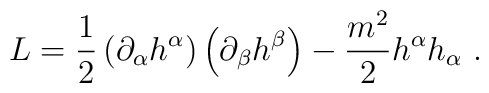
L=\frac{1}{2}\left( \partial _{\alpha }h^{\alpha }\right) \left( \partial_{\beta }h^{\beta }\right) -\frac{m^{2}}{2}h^{\alpha }h_{\alpha }\ .